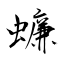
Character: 蠊